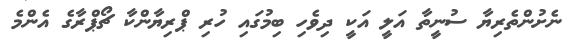
ނެށުންތެރިޔާ ސުނީތާ އަލީ އަކީ ދިވެހި ބިމުގައި ހުރި ޕްރިޔާންކާ ޗޯޕްރާގެ އެންމެ